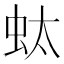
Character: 𧉑